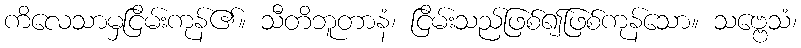
ကိလေသာမှငြိမ်းကုန်၏။ သီတိဘူတာနံ၊ ငြိမ်းသည်ဖြစ်၍ဖြစ်ကုန်သော။ သဗ္ဗေသံ၊